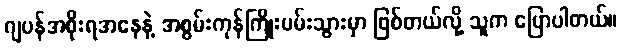
ဂျပန်အစိုးရအနေနဲ့ အစွမ်းကုန်ကြိုးပမ်းသွားမှာ ဖြစ်တယ်လို့ သူက ပြောပါတယ်။